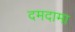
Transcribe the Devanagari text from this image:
दमदामा